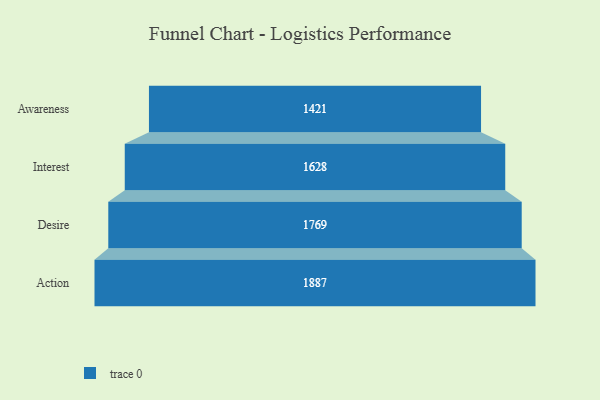
{"axis": {"x": "Stage", "y": "Value"}, "legend": [""], "data": [{"x": "Awareness", "y": 1421.0, "type": ""}, {"x": "Interest", "y": 1628.0, "type": ""}, {"x": "Desire", "y": 1769.0, "type": ""}, {"x": "Action", "y": 1887.0, "type": ""}]}